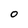
Character: 0